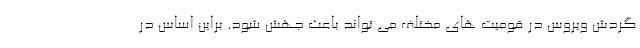
گردش ویروس در قومیت های مختلف می تواند باعث جهش شود. براین اساس در